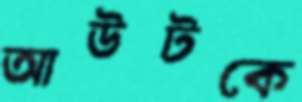
আউটকে